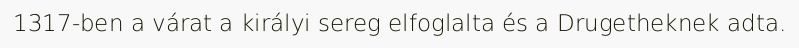
1317-ben a várat a királyi sereg elfoglalta és a Drugetheknek adta.